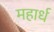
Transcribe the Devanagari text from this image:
महार्ध